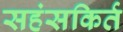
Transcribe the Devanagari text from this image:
सहंसकिर्त